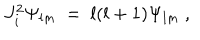
J _ { i } ^ { 2 } \Psi _ { l m } \ = \ l ( l + 1 ) \Psi _ { l m } \ ,